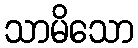
သာမိသော